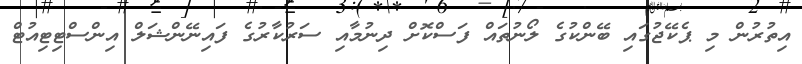
އިތުރުން މި ޕެކޭޖުގައި ބޭންކުގެ ލޯނުތައް ފަސްކޮށް ދިނުމާއި ސަރުކާރުގެ ފައިނޭންޝަލް އިންސްޓިޓިއުޓް